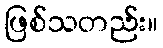
ဖြစ်သတည်း။